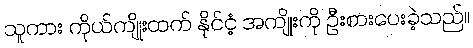
သူကား ကိုယ်ကျိုးထက် နိုင်ငံ့ အကျိုးကို ဦးစားပေးခဲ့သည်။